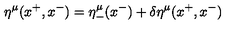
\eta ^ { \mu } ( x ^ { + } , x ^ { - } ) = \eta _ { - } ^ { \mu } ( x ^ { - } ) + \delta \eta ^ { \mu } ( x ^ { + } , x ^ { - } )